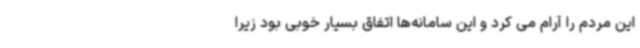
این مردم را آرام می کرد و این سامانه‌ها اتفاق بسیار خوبی بود زیرا